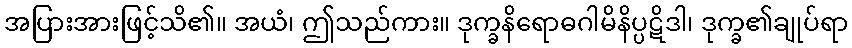
အပြားအားဖြင့်သိ၏။ အယံ၊ ဤသည်ကား။ ဒုက္ခနိရောဓဂါမိနိပ္ပဋိဒါ၊ ဒုက္ခ၏ချုပ်ရာ